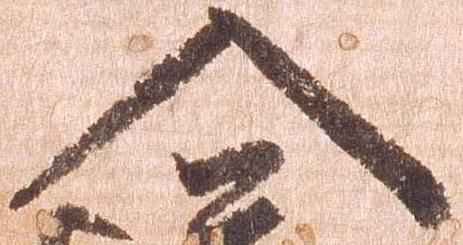
入